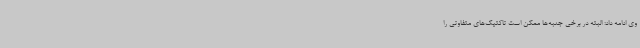
وی ادامه داد: البته در برخی جنبه‌ها ممکن است تاکتیک‌های متفاوتی را